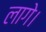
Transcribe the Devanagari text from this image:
लागे।